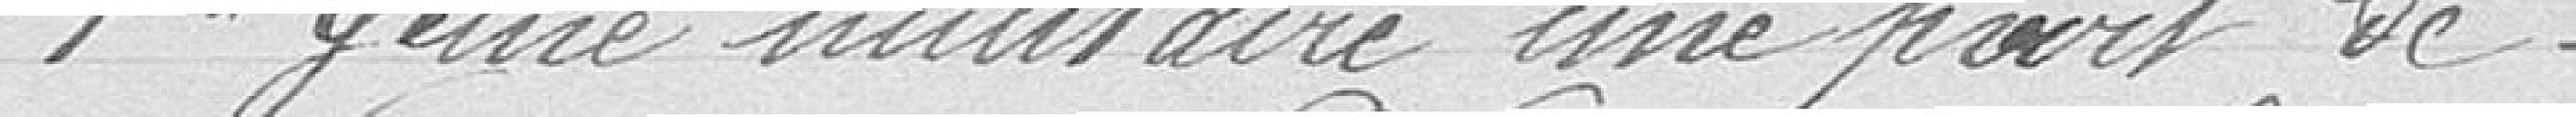
1° Génie militaire une part de